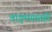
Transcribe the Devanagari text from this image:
वाङ्‌मयातही